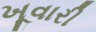
ખૂવારી